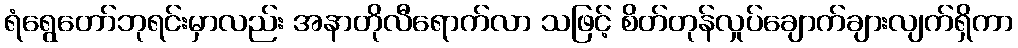
ရံရွေတော်ဘုရင်းမှာလည်း အနာတိုလီရောက်လာ သဖြင့် စိတ်တုန်လှုပ်ချောက်ချားလျက်ရှိကာ